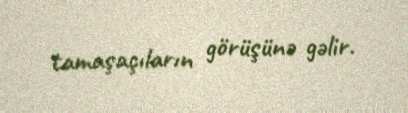
tamaşaçıların görüşünə gəlir.